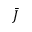
\bar { J }